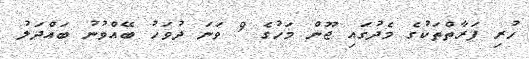
ހުރި ފަރާތްތަކުގެ މެދުގައި ޖޫން މަހުގެ 9 ވަނަ ދުވަހު ބޭއްވުނު ބައްދަލު